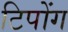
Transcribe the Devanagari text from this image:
टिपोंग